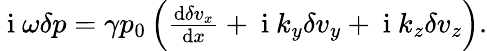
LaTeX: \begin{array}{r}{\mathrm{~i~}\omega\delta p=\gamma p_{0}\left(\frac{\textrm{d}\delta v_{x}}{\textrm{d}x}+\mathrm{~i~}k_{y}\delta v_{y}+\mathrm{~i~}k_{z}\delta v_{z}\right).}\end{array}